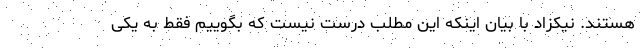
هستند. نیکزاد با بیان اینکه این مطلب درست نیست که بگوییم فقط به یکی